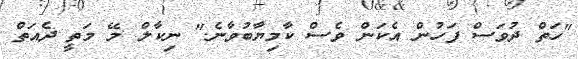
"ހަތް ދުވަސް ފަހުން އެކަން ވެސް ކާމިޔާބުވާނެ." ނިކާލް މޭ މަތީ ދެއަތް